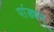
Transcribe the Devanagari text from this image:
पांड्यम्